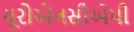
યૂરોએનસીએપી